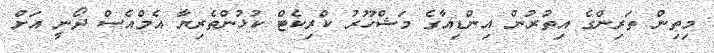
މިތިން ތަރިންގެ އިތުރުން އިންޑިއާގެ މަޝްހޫރު ކްރިކެޓް ކުޅުންތެރިޔާ އެމްއެސް ދޯނީ އަށް